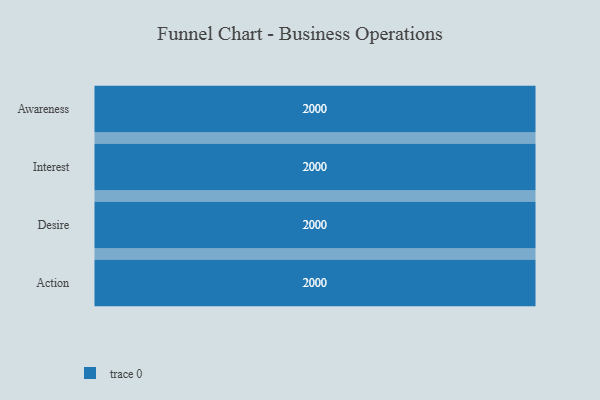
{"axis": {"x": "Stage", "y": "Value"}, "legend": [""], "data": [{"x": "Awareness", "y": 2000, "type": ""}, {"x": "Interest", "y": 2000, "type": ""}, {"x": "Desire", "y": 2000, "type": ""}, {"x": "Action", "y": 2000, "type": ""}]}